65_HS1-834228961_62-HQ-83894_Section_5
Agency: FBI
Page 128
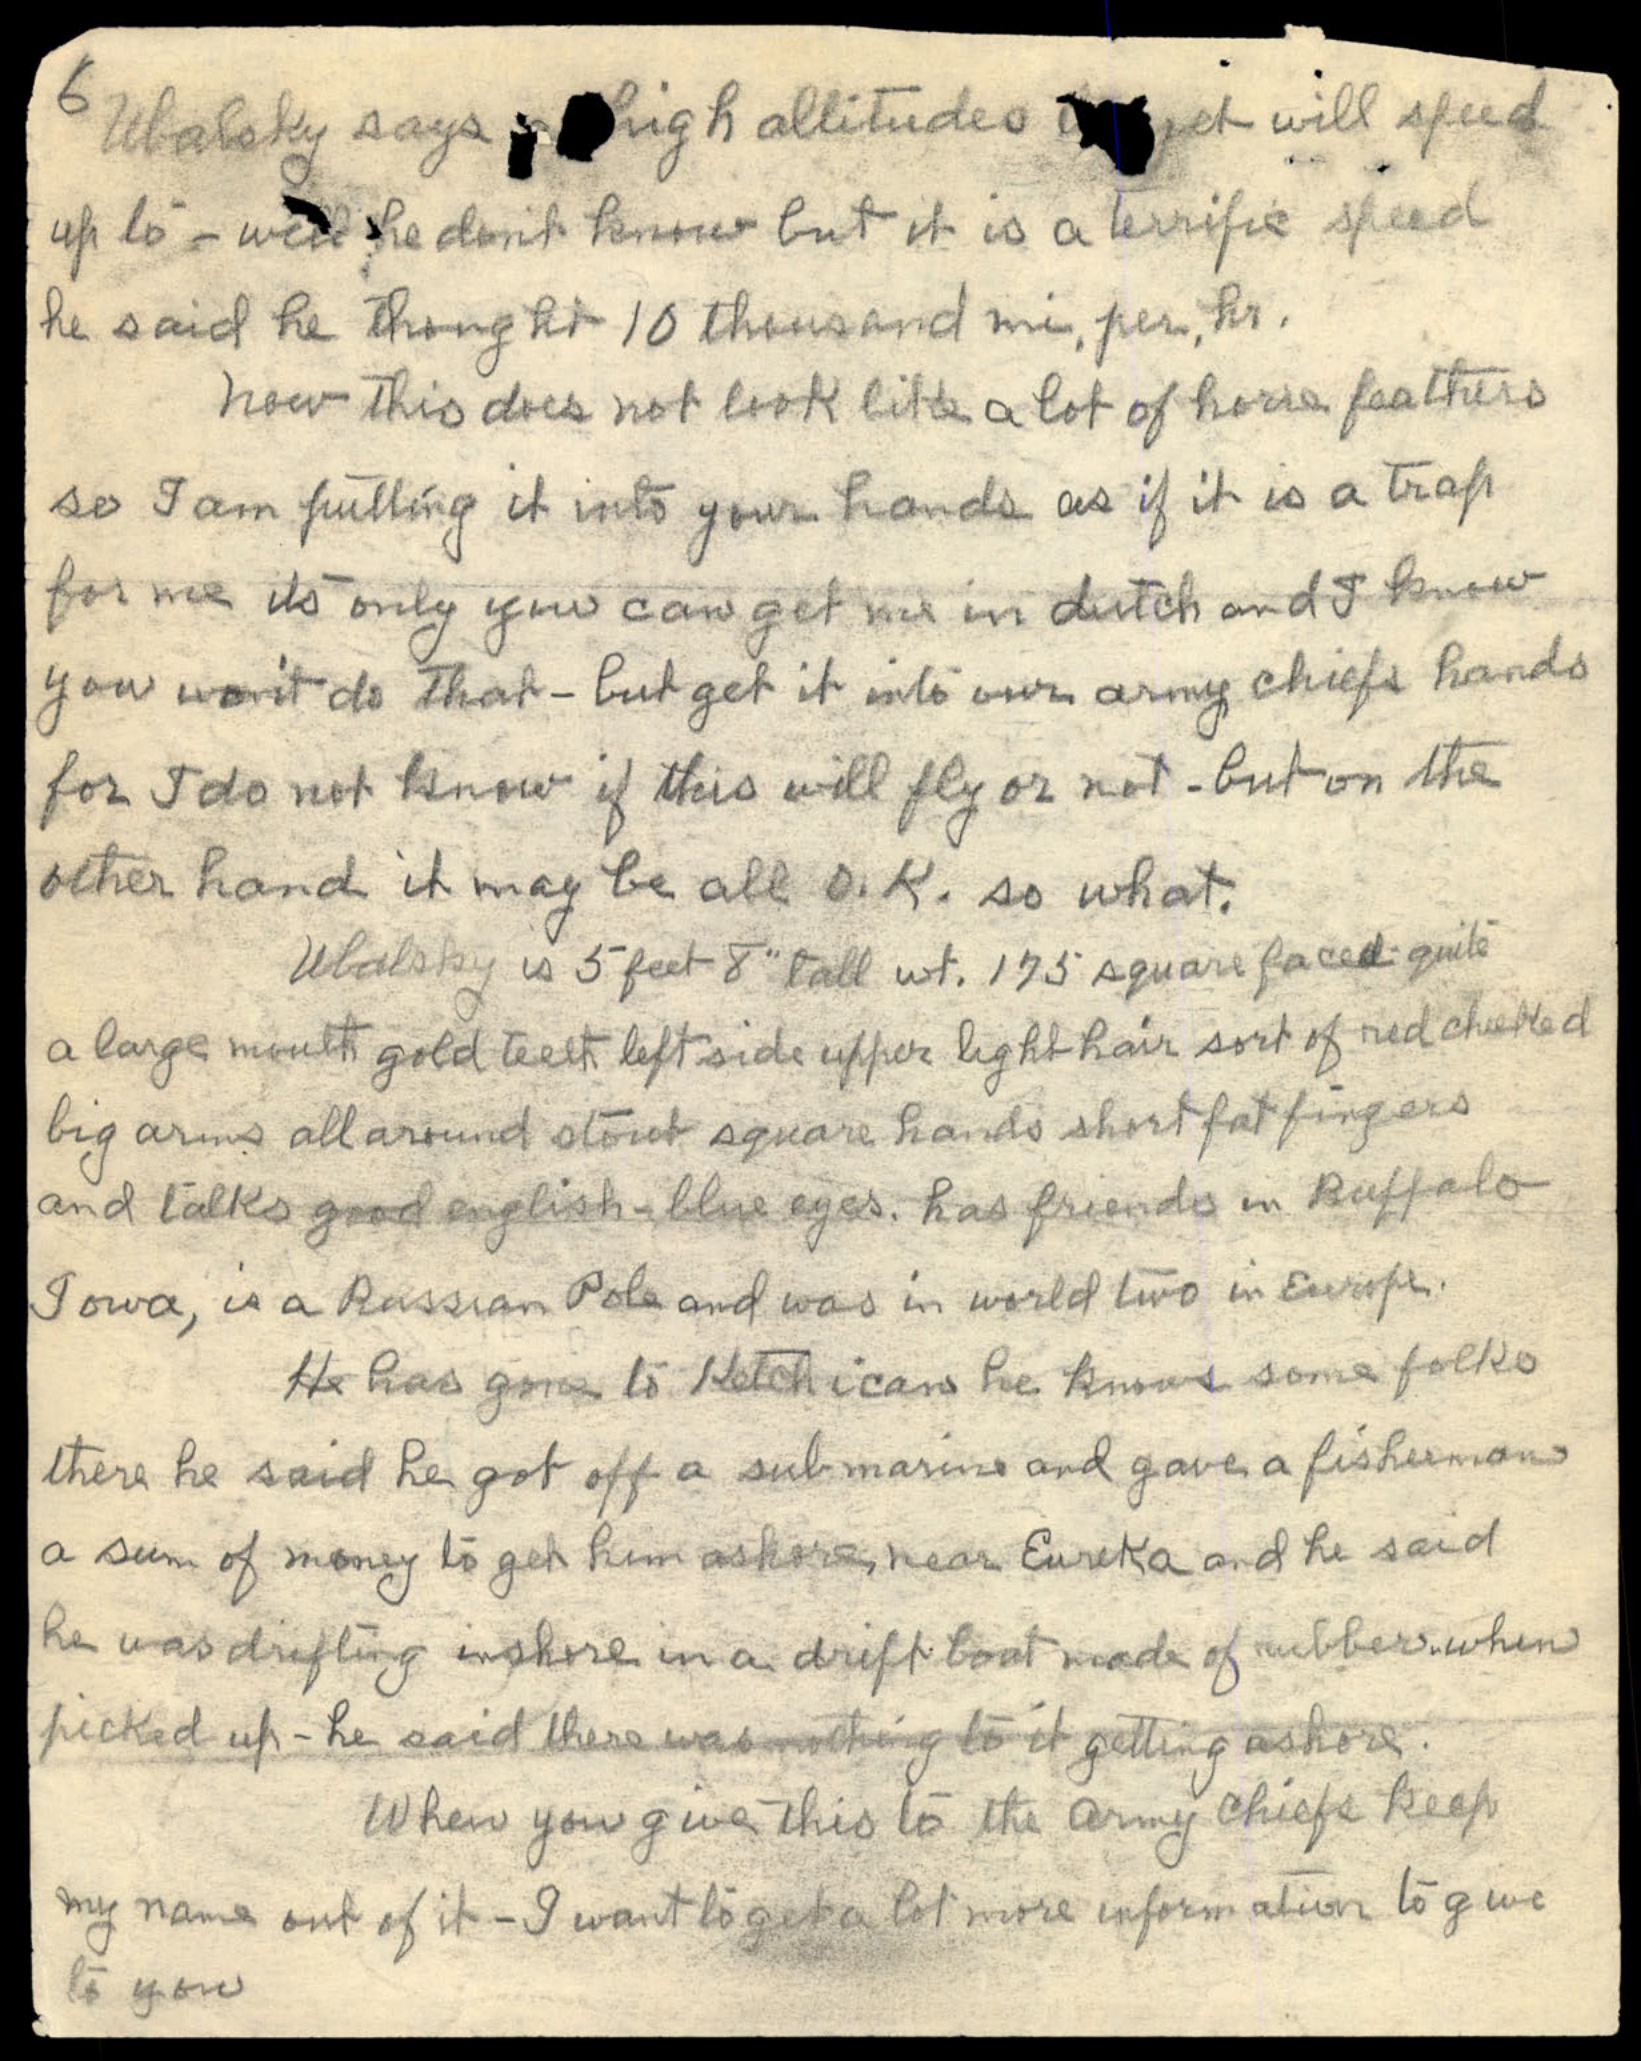